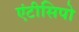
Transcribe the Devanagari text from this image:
एंटीसिपो